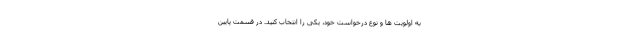
به اولویت ها و نوع درخواست خود، یکی را انتخاب کنید. در قسمت پایین